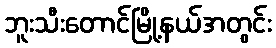
ဘူးသီးတောင်မြို့နယ်အတွင်း